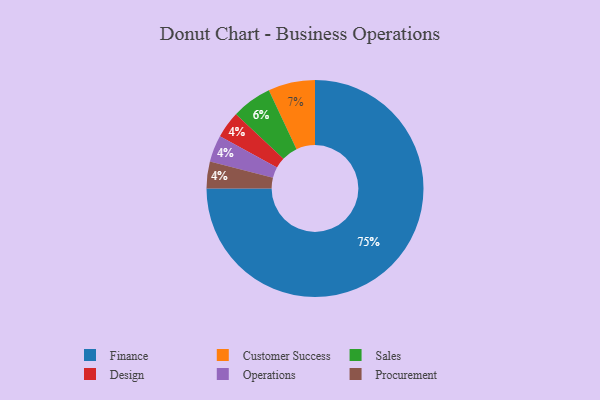
{"axis": {"x": "Category", "y": "Percentage"}, "legend": ["Customer Success", "Design", "Finance", "Operations", "Procurement", "Sales"], "data": [{"x": "Customer Success", "y": 7, "type": "Customer Success"}, {"x": "Design", "y": 4, "type": "Design"}, {"x": "Finance", "y": 75, "type": "Finance"}, {"x": "Operations", "y": 4, "type": "Operations"}, {"x": "Sales", "y": 6, "type": "Sales"}, {"x": "Procurement", "y": 4, "type": "Procurement"}]}